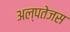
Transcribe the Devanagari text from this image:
अल्पतेजस